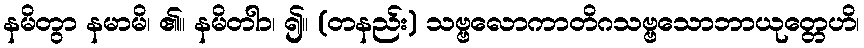
နမိတွာ နမာမိ၊ ၏။ နမိတါာ၊ ၍။ (တနည်း) သဗ္ဗလောကာတိဂသဗ္ဗသောဘာယုတ္တေဟိ၊